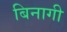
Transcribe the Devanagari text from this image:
बिनागी